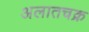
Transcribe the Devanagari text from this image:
अलातचक्र